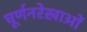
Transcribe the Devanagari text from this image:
घूर्णनरेखाओं